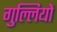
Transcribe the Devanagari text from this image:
गुल्लियों